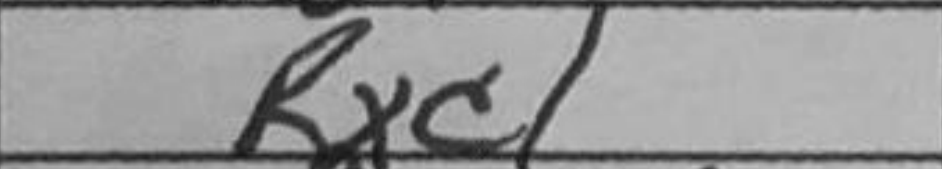
Transcription: Rxc1